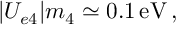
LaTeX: | U _ { e 4 } | m _ { 4 } \simeq 0 . 1 \, \mathrm { e V } \, ,